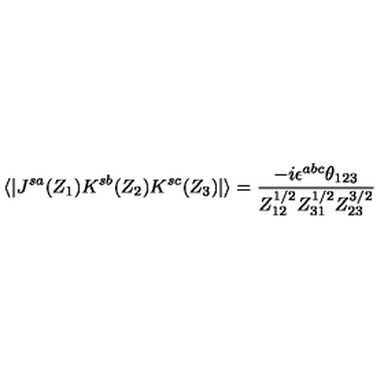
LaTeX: \langle | J ^ { s a } ( Z _ { 1 } ) K ^ { s b } ( Z _ { 2 } ) K ^ { s c } ( Z _ { 3 } ) | \rangle = \frac { - i \epsilon ^ { a b c } \theta _ { 1 2 3 } } { Z _ { 1 2 } ^ { 1 / 2 } Z _ { 3 1 } ^ { 1 / 2 } Z _ { 2 3 } ^ { 3 / 2 } }